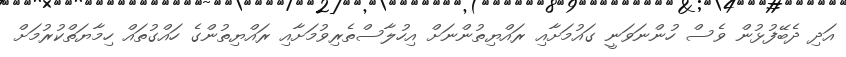
އަދި ދެބޭފުޅުން ވެސް ހުންނަވަނީ ގައުމަށާއި ރައްޔިތުންނަށް އިހުލާސްތެރިވުމަށާއި ރައްޔިތުންގެ ހައްގުތައް ހިމާޔަތްކުރުމަށް